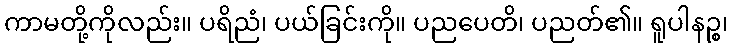
ကာမတို့ကိုလည်း။ ပရိညံ၊ ပယ်ခြင်းကို။ ပညပေတိ၊ ပညတ်၏။ ရူပါနဉ္စ၊